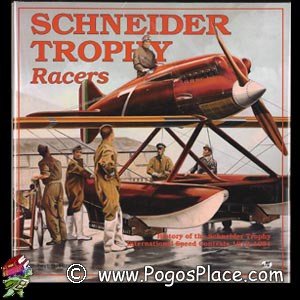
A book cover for Schneider Trophy Racers; R. S. Hirsch; Sports & Outdoors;